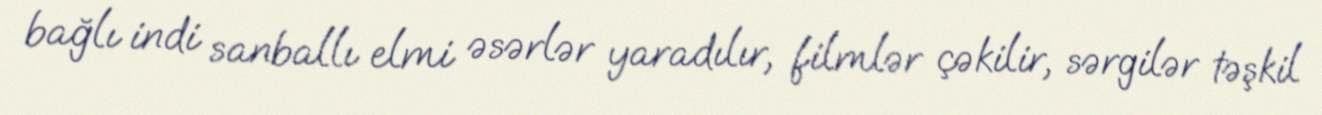
bağlı indi sanballı elmi əsərlər yaradılır, filmlər çəkilir, sərgilər təşkil